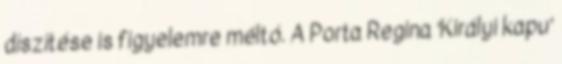
díszítése is figyelemre méltó. A Porta Regina ’Királyi kapu’